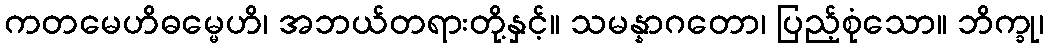
ကတမေဟိဓမ္မေဟိ၊ အဘယ်တရားတို့နှင့်။ သမန္နာဂတော၊ ပြည့်စုံသော။ ဘိက္ခု၊